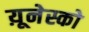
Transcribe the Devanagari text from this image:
य़ूनेस्को